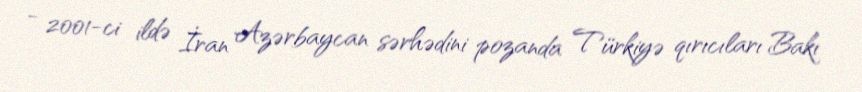
- 2001-ci ildə İran Azərbaycan sərhədini pozanda Türkiyə qırıcıları Bakı